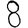
Digit: 8